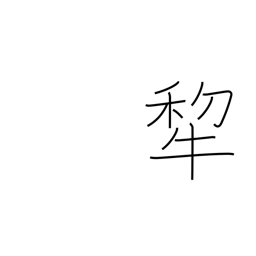
Meaning: plow